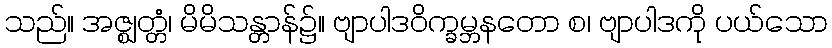
သည်။ အဇ္ဈတ္တံ၊ မိမိသန္တာန်၌။ ဗျာပါဒဝိက္ခမ္ဘနတော စ၊ ဗျာပါဒကို ပယ်သော